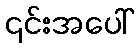
၎င်းအပေါ်